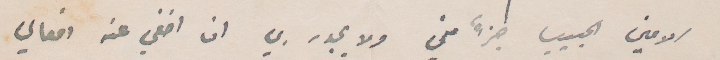
الأمين الحبيب جزءٌ مني ولا يجدر ان اخفي عنه افعالي